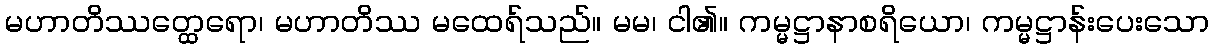
မဟာတိဿတ္ထေရော၊ မဟာတိဿ မထေရ်သည်။ မမ၊ ငါ၏။ ကမ္မဋ္ဌာနာစရိယော၊ ကမ္မဋ္ဌာန်းပေးသော